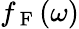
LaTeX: f_{\mathrm{~F~}}(\omega)